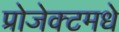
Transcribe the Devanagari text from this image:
प्रोजेक्टमधे